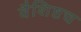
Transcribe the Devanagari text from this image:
वैशिष्टच